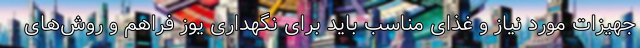
جهیزات مورد نیاز و غذای مناسب باید برای نگهداری یوز فراهم و روش‌های